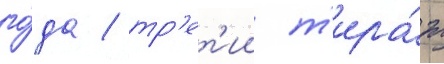
го́да / тр'ет'ии т'ира́ж